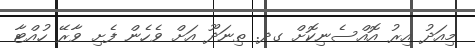
މިއަދު އިރު އޮއްސެނިކޮށް ގދ. ތިނަދޫ އަށް ވެހެން ފެށި ވާރޭ ހުއްޓާ